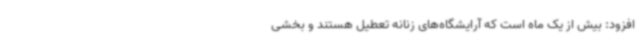
افزود: بیش از یک ماه است که آرایشگاه‌های زنانه تعطیل هستند و بخشی